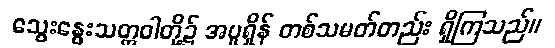
သွေးနွေးသတ္တဝါတို့၌ အပူရှိန် တစ်သမတ်တည်း ရှိကြသည်။